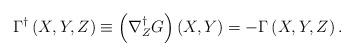
LaTeX: \begin{align*}\Gamma ^{\dag }\left( X,Y,Z\right) \equiv \left( \nabla _{Z}^{\dag }G\right)\left( X,Y\right) =-\Gamma \left( X,Y,Z\right) . \end{align*}